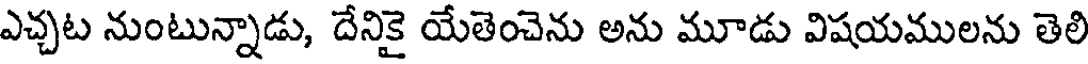
ఎచ్చట నుంటున్నాడు, దేనికై యేతెంచెను అను మూడు విషయములను తెలి